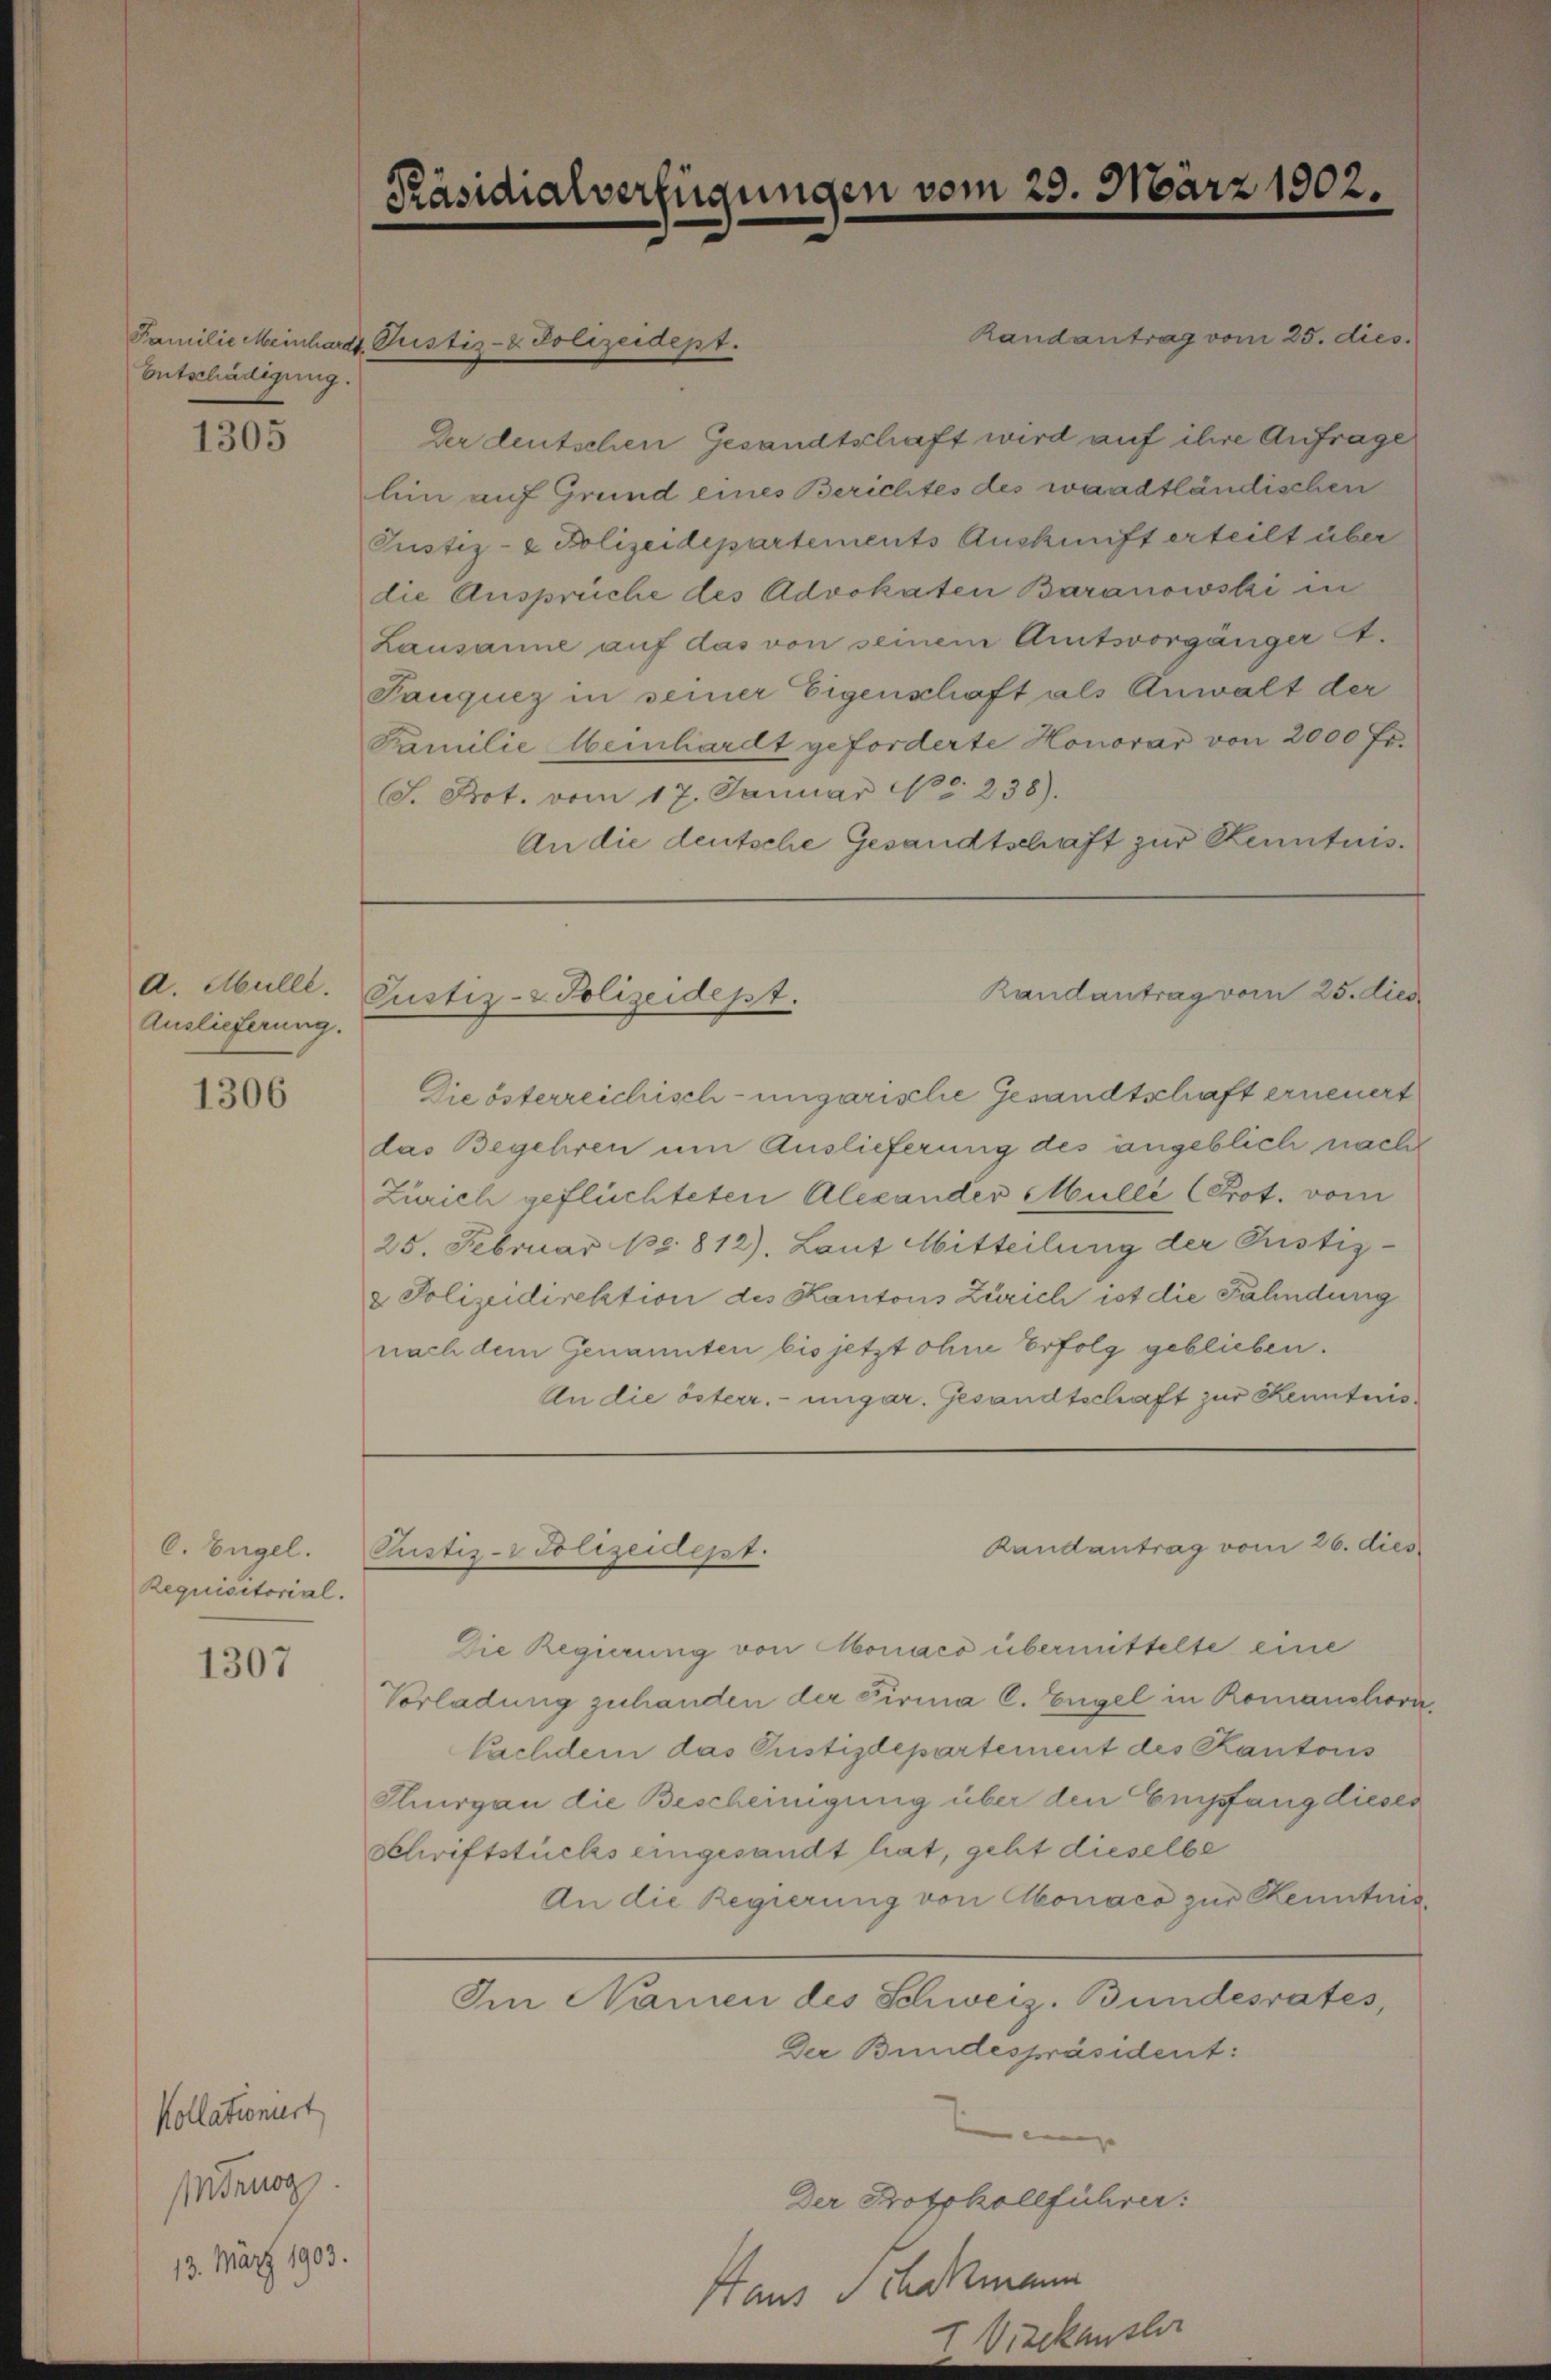
Entschädigung.

1305

A. Mülle.
Auslieferung.

1306

C. Engel.
Requisitorial.

1307

Kollationiert
Inirung
13. März 1903.

Präsidialverfügungen vom 25. März 1902.

Randantrag vom 25. dies
Der deutschen Gesandtschaft wird auf ihre Anfrage
lii auf Grund eines Berichtes des waadtländischen
Pustiz- & Polizeidepartements Auskunft erteilt über
die Ansprüche des Advokaten Baranowski in
Lausanne auf das von seinem Amtsvorgänger A.
Tauques in seiner Eigenschaft als Anwalt der
Familie Weinhardt geforderte Honorar von 2000 Fr.
S. Prot. vom 17. Januar No. 238).
An die deutsche Gesandtschaft zur Kenntnis.

Familie Meinhardt Pustiz- & Polizeidept.

Pustiz- & Polizeidept.

Die österreichisch-ungarische Gesandtschaft erneuert
das Begehren um Auslieferung des angeblich nacht
Zürich geflüchteten Alexander Mulli (Prot. vom
25. Februar pr. 812). Laut Mitteilung der Justiz-
& Polizeidirektion des Kantons Zürich ist die Fahndung
nach dem Genannten bis jetzt ohne Erfolg geblieben.
An die österr. ungar. Gesandtschaft zur Kenntnis¬

Die Regierung von Monaco übermittelte eine
Vorladung zuhanden der Firma C. Engel in Romanchora
Cachdem das Pustizdepartement des Kantons
Thurgau die Bescheinigung über den Empfang dieses
Schriftstücks eingesandt hat, geht dieselbe
An die Regierung von Moraco zur Kenntnis
Im Namen des Schweiz. Bundesrates,
Der Bundespräsident:
Der Protokollführer:
Haus Schatzmann

Rustiz-Polizeidept.

Randantrag vom 25. dies

Randantrag vom 26. dies